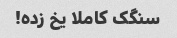
سنگک کاملا یخ زده!